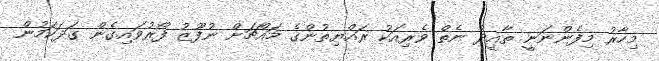
މިހާރު މިފެންނަނީ ތާއީދު ނެތް ވެރިއަކު ރައްޔިތުންގެ މައްޗަށް ނުފޫޒު ފޯރުވައިގެން ގަދަކަމުން